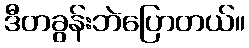
ဒီတခွန်းဘဲပြောတယ်။